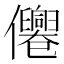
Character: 㒨